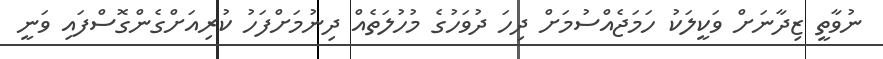
ނުވާތީ ޒިދާނަށް ވަކީލަކު ހަމަޖެއްސުމަށް ދިހަ ދުވަހުގެ މުހުލަތެއް ދިނުމަށްފަހު ކުރިއަށްގެންގޮސްފައި ވަނީ